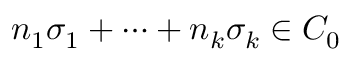
n _ { 1 } \sigma _ { 1 } + \cdots + n _ { k } \sigma _ { k } \in C _ { 0 }